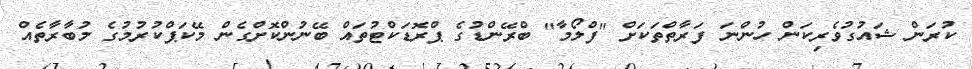
ކުރަން ޝައުގުވެރިކަން ހުންނަ ފަރާތްތަކަށް "ފްލޯމާ" ބްރޭންޑުގެ ޕްރޮޑަކްޓުތައް ބޭނުންކޮށްގެން މޭކަޕްކުރުމުގެ މުބާރާތެއް